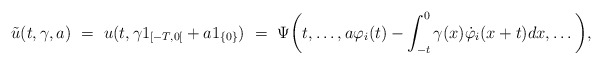
\begin{align*}\tilde u(t,\gamma,a) \ = \ u(t,\gamma1_{[-T,0[}+a1_{\{0\}}) \ = \ \Psi\bigg(t,\ldots,a\varphi_i(t) - \int_{-t}^0 \gamma(x)\dot{\varphi}_i(x+t)dx,\ldots\bigg),\end{align*}